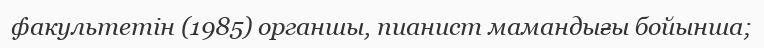
факультетін (1985) органшы, пианист мамандығы бойынша;